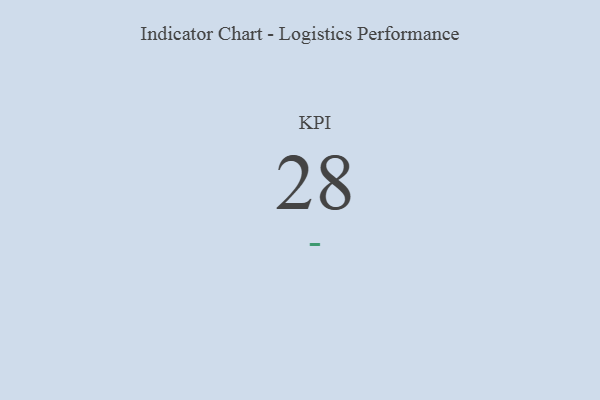
{"axis": {"x": "KPI", "y": "Value"}, "legend": [""], "data": [{"x": "KPI", "y": 28, "type": ""}]}